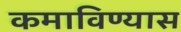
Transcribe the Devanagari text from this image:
कमाविण्यास